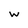
Character: W